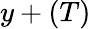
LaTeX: y+(T)